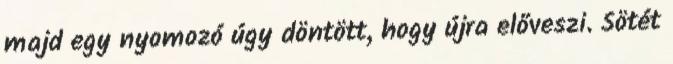
majd egy nyomozó úgy döntött, hogy újra előveszi. Sötét